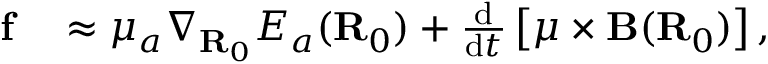
\begin{array} { r l } { \mathbf { f } } & { { } \approx \mu _ { a } \boldsymbol { \nabla } _ { \mathbf { R } _ { 0 } } E _ { a } ( \mathbf { R } _ { 0 } ) + \frac { \mathrm { d } } { \mathrm { d } t } \left[ \boldsymbol { \mu } \times \mathbf { B } ( \mathbf { R } _ { 0 } ) \right] , } \end{array}